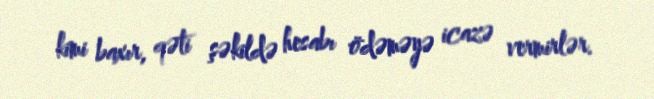
kimi baxır, qəti şəkildə hesabı ödəməyə icazə vermirlər.